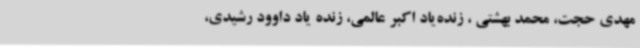
مهدی حجت‌، محمد بهشتی ‌، زنده‌یاد اکبر عالمی‌، ‌زنده یاد داوود رشیدی‌،